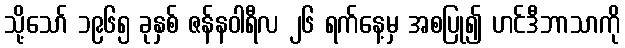
သို့သော် ၁၉၆၅ ခုနှစ် ဇန်နဝါရီလ ၂၆ ရက်နေ့မှ အစပြု၍ ဟင်ဒီဘာသာကို